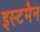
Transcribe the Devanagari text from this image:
इस्टमैन